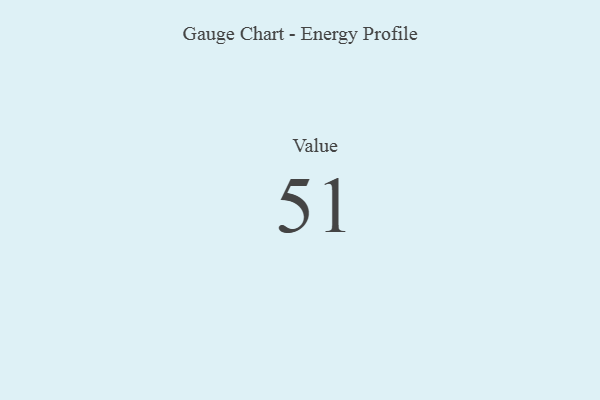
{"axis": {"x": "Metric", "y": "Value"}, "legend": [""], "data": [{"x": "Value", "y": 51, "type": ""}]}